Vaccine operations Central Provinces 1900-1911 - 1900-1911
Year: 1900
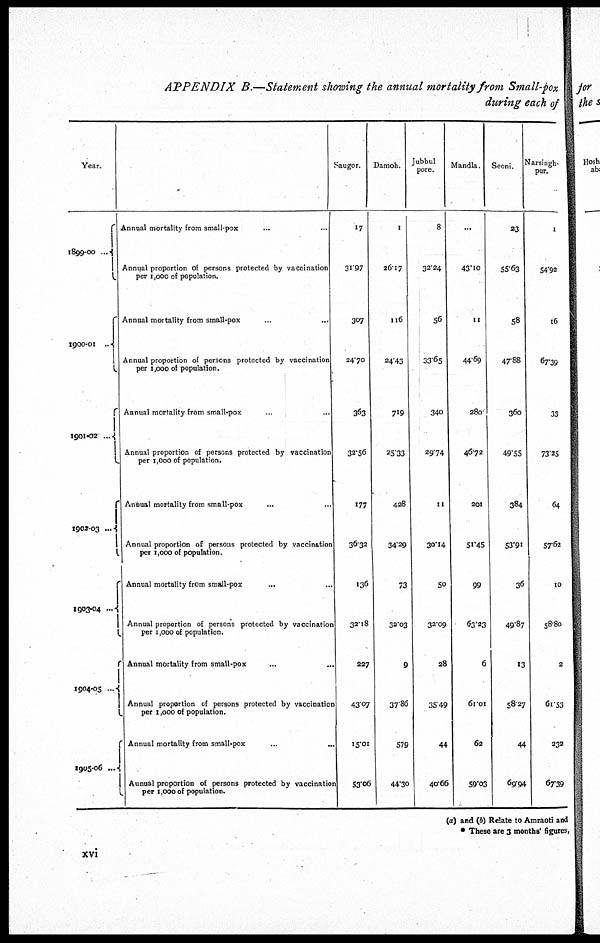
APPENDIX B.—Statement showing the annual mortality from Small-pox
during each of
Year.
1899-00 ...
1900-01 ...
1901-02 ...
1902-03 ...
1903-04 ...
1904-05 ...
1905-06 ...
Annual mortality from small-pox ... ...
Annual proportion of persons protected by vaccination
per 1,000 of population.
Annual mortality from small-pox ... ...
Annual proportion of persons protected by vaccination
per 1,000 of population.
Annual mortality from small-pox ... ...
Annual proportion of persons protected by vaccination
per 1,000 of population.
Annual mortality from small-pox ... ...
Annual proportion of persons protected by vaccination
per 1,000 of population.
Annual mortality from small-pox ... ...
Annual proportion of persons protected by vaccination
per 1,000 of population.
Annual mortality from small-pox
...
...
Annual proportion of persons protected by vaccination
per 1,000 of population.
Annual mortality from small-pox ... ...
Aunual proportion of persons protected by vaccinatio
per 1,000 of population.
Saugor.
17
31.97
307
24.70
363
32.56
177
36.32
136
32.18
227
43.07
15.01
53.06
Damoh.
1
26.17
116
24.43
719
25.33
428
34.29
73
32.03
9
37.86
579
44.30
Jubbul
pore.
8
32.24
56
33.65
340
29.71
11
30.14
50
32.09
28
35.49
44
40.66
Mandla.
...
43.10
11
44.69
280
46.72
201
51.45
99
63.23
6
61.01
62
59.03
Seoni.
23
55.63
58
47.88
360
49.55
384
53.91
36
49.87
13
58.27
44
69.94
Narsingh-
pur.
1
54.92
16
67.39
33
73.25
64
57.62
10
58.80
2
61.53
232
67.39
(a) and (b) Relate to Amraoti and
* These are 3 months' figures,
xvi